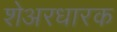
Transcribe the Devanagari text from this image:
शेअरधारक